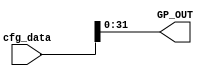
module cfg_to_gpio
#(
	parameter GPIO_WIDTH = 32,
	parameter CFG_WIDTH = 1024
)
(
	input [CFG_WIDTH - 1:0] cfg_data,
	output [GPIO_WIDTH - 1:0] GP_OUT
);

	assign GP_OUT = cfg_data[GPIO_WIDTH - 1:0];
endmodule